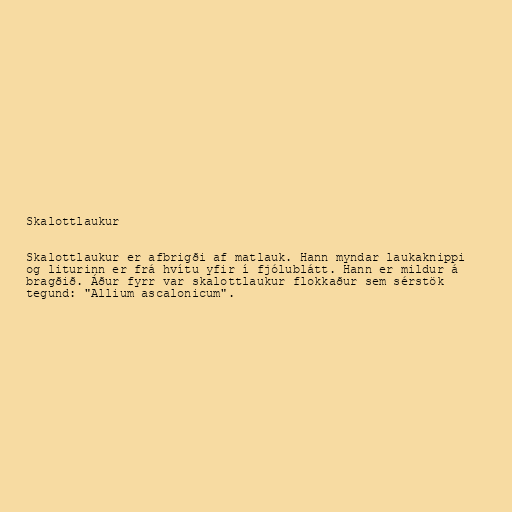
Skalottlaukur

Skalottlaukur er afbrigði af matlauk. Hann myndar laukaknippi
og liturinn er frá hvítu yfir í fjólublátt. Hann er mildur á
bragðið. Áður fyrr var skalottlaukur flokkaður sem sérstök
tegund: "Allium ascalonicum".